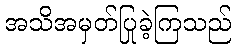
အသိအမှတ်ပြုခဲ့ကြသည်